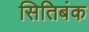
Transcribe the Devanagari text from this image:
सितिबंक